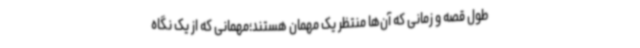
طول قصه و زمانی که آن‌ها منتظر یک مهمان هستند؛مهمانی که از یک نگاه